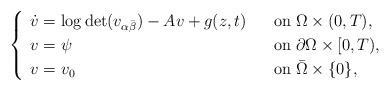
LaTeX: \begin{align*} \begin{cases} \begin{array}{ll} \dot{v}=\log\det (v_{\alpha\bar{\beta}})-Av+g(z,t)\;\;\;&\mbox{on}\;\Omega\times (0,T),\\ v=\psi&\mbox{on}\;\partial\Omega\times [0,T),\\ v=v_0&\mbox{on}\;\bar{\Omega}\times\{ 0\},\\ \end{array} \end{cases} \end{align*}